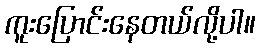
ကူးပြောင်းနေတယ်လို့ပါ။